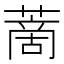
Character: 蔐